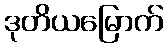
ဒုတိယမြောက်